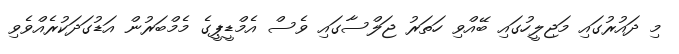
މި ދައުރުގައި މަޖިލީހުގައި ބޭއްވި ހަތަރު ޖަލްސާގައި ވެސް އެމްޑީޕީގެ މެމްބަރުން އަޑުގަދަކުރެއްވެވި